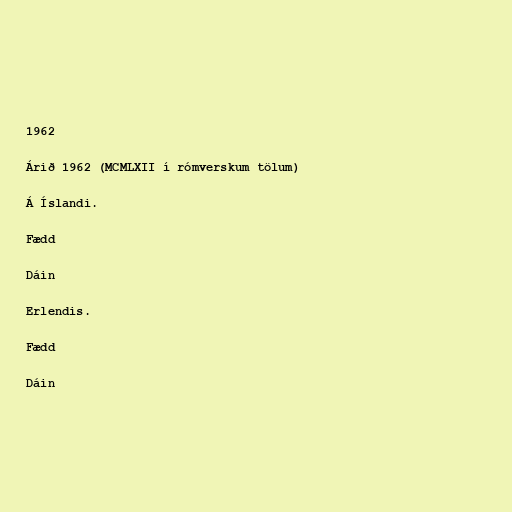
1962

Árið 1962 (MCMLXII í rómverskum tölum)

Á Íslandi.

Fædd

Dáin

Erlendis.

Fædd

Dáin